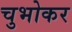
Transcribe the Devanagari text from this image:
चुभोकर